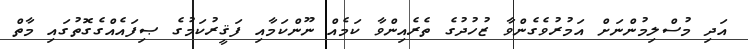
އަދި މުސްލިމުންނަށް އަމުރުވެގެންވާ ޒުހުދުގެ ތެރެއިންވާ ކަމެއް ނޫންކަމާއި ފަޤީރުކަމުގެ ޞިފައެއްގެގޮތުގައި މާތް